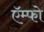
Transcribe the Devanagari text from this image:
ऍम्फो